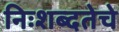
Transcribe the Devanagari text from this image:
निःशब्दतेचे